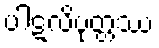
ပါဋလိပုတ္တဿ